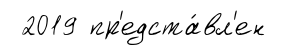
2019 пр'едста́вл'ен